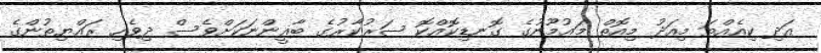
އަދި ކިއެއްތަ މިއަދު މިއޮތް މައުމޫނުގެ ގޮނޑިކޮއްކޮ ސަރުކާރުގެ ބާޣީންނަކަށްވެސް ދިވެހި ރައްޔިތުންގެ